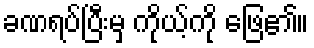
ခဏရပ်ပြီးမှ ကိုယ့်ကို ဖြေ၏။